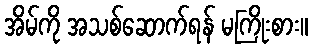
အိမ်ကို အသစ်ဆောက်ရန် မကြိုးစား။